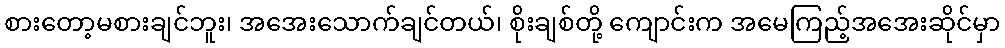
စားတော့မစားချင်ဘူး၊ အအေးသောက်ချင်တယ်၊ စိုးချစ်တို့ ကျောင်းက အမေကြည့်အအေးဆိုင်မှာ